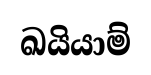
ඛයියාම්